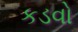
કડવો